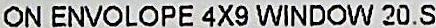
ON ENVOLOPE 4X9 WINDOW 20.S